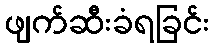
ဖျက်ဆီးခံရခြင်း